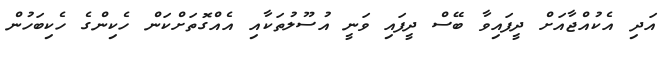
އަދި އެކުއްޖާއަށް ދީފައިވާ ބޭސް ދީފައި ވަނީ އުސޫލުތަކާއި އެއްގޮތަށްކަން ހެކިންގެ ހެކިބަހުން